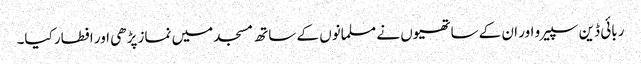
ربائی ڈین سپیر و اور ان کے ساتھیوں نے مسلمانوں کے ساتھ مسجد میں نماز پڑھی اور افطار کیا۔